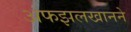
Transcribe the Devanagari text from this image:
अफझलखानने